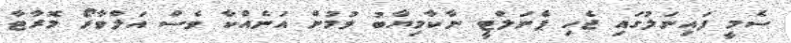
ސެމީ ފައިނަލުގައި ޖެހި ޕެނަލްޓީ ނާކާމިޔާބު ވުމުން އަނެއްކާ ވެސް އަލްވާރޯ މޮރާޓާ